Jaan_Tonisson_(Lasteleht), lk 108
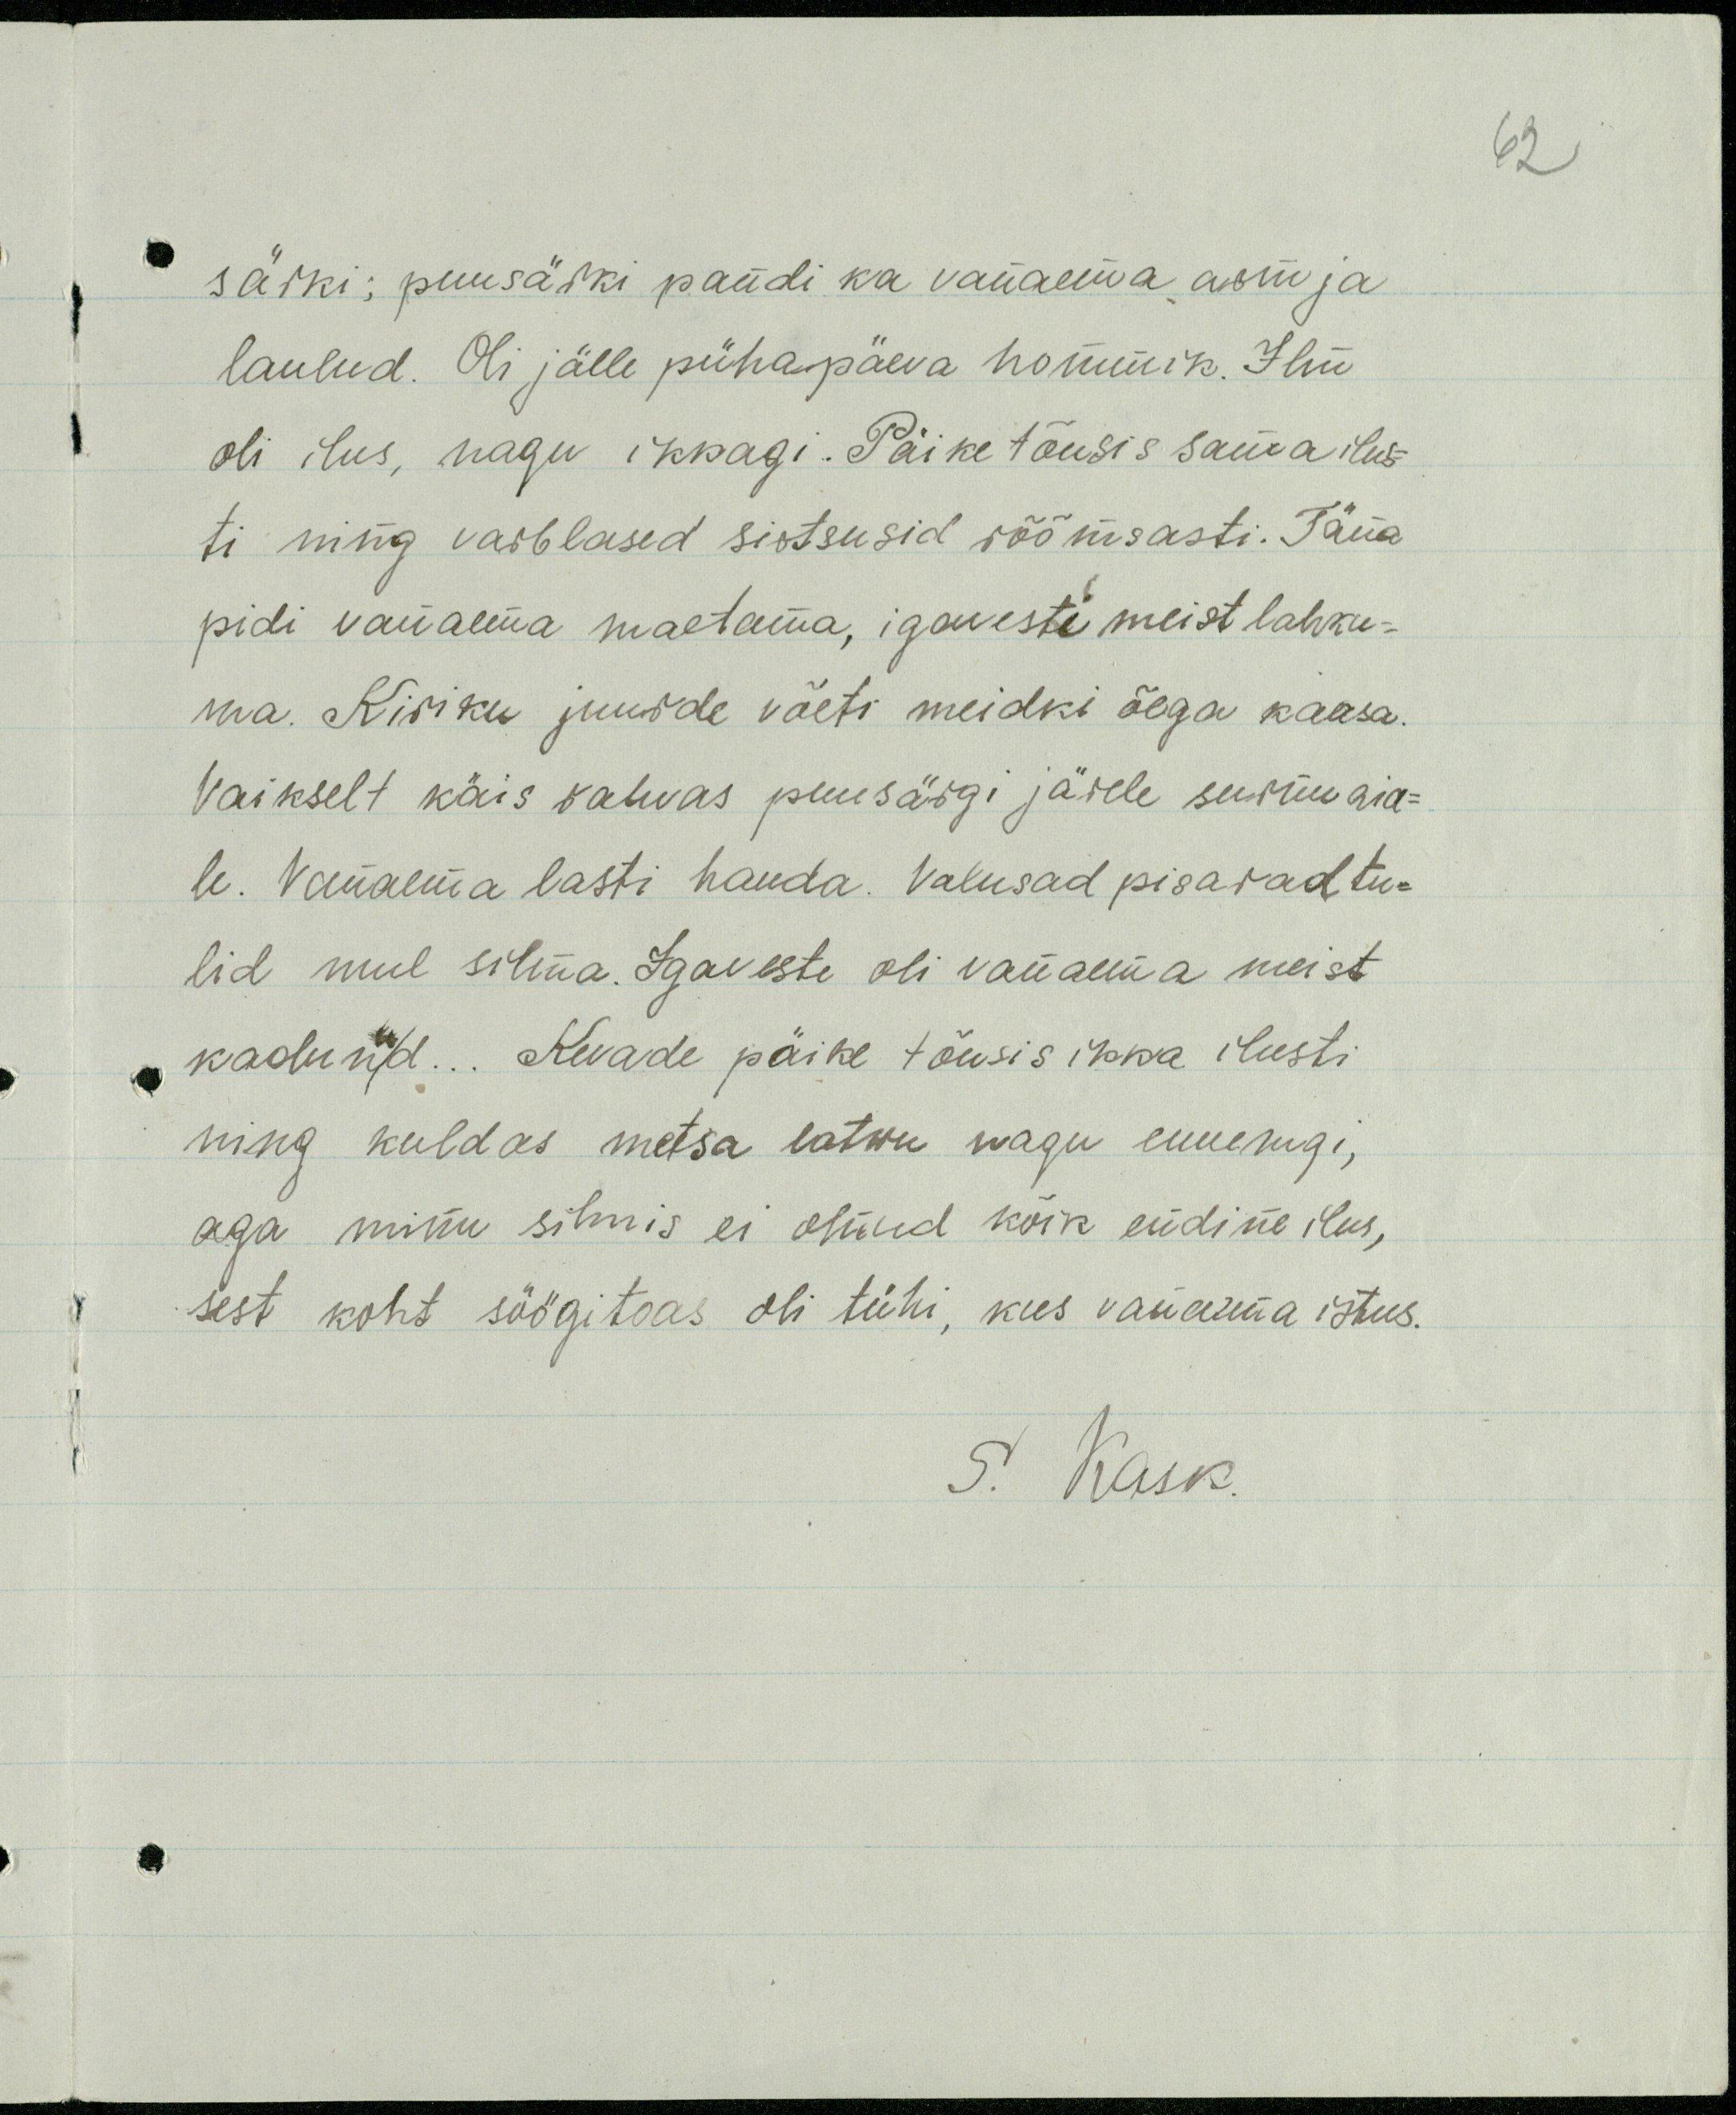
62

särki; puusätki pandi ka vanaema arm ja
laulud. Oli jälle pühapäeva hommik. Ilm
oli ilus, nagu ikkagi. Päike tõusis sama ilus-
ti ning värblased sirtsusid rõõmsasti. Täna
pidi vanaema maetama, igavesti meist lahku-
ma. Kiriku juurde võeti meidki õega kaasa.
Vaikselt käis rahvas puusärgi järele surnu aia-
le. Vanaema lasti hauda. Valusad pisarad tu-
lid mul silma. Igaveste oli vanaema meist
kadunud... Kevade päike tõusis ikka ilusti
ning kuldas metsa latwu nagu ennemgi,
aga minu silmis ei olnud kõik endine ilus,
sest koht söögitoas oli tühi, kus vanaema istus.
S. Kask